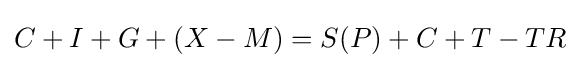
C+I+G+(X-M)=S(P)+C+T-TR